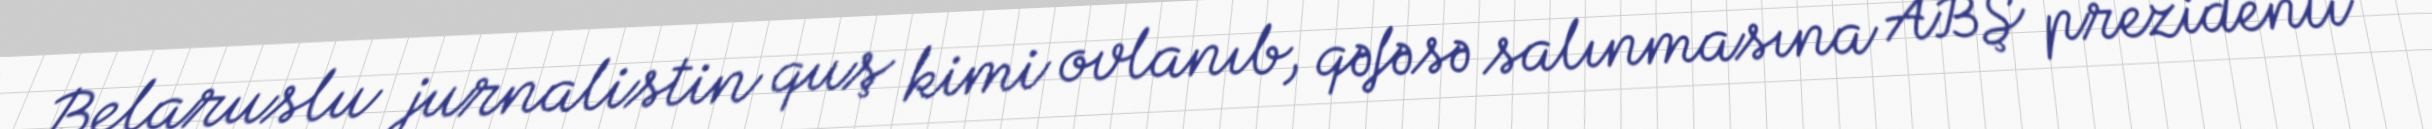
Belaruslu jurnalistin quş kimi ovlanıb, qəfəsə salınmasına ABŞ prezidenti